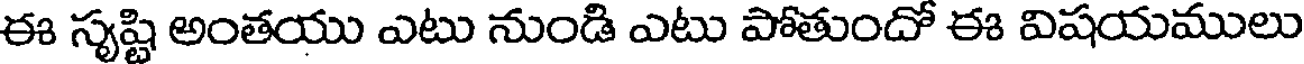
ఈ సృష్టి అంతయు ఎటు నుండి ఎటు పోతుందో ఈ విషయములు